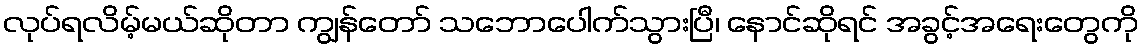
လုပ်ရလိမ့်မယ်ဆိုတာ ကျွန်တော် သဘောပေါက်သွားပြီ၊ နောင်ဆိုရင် အခွင့်အရေးတွေကို